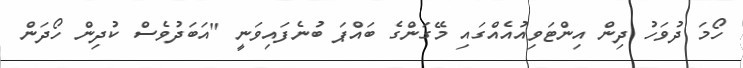
ހޯމަ ދުވަހު ދިން އިންޓަވިއުއެއްގައި މޭގަންގެ ބައްޕަ ބުނެފައިވަނީ "އަބަދުވެސް ކުދިން ހޯދަން